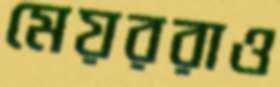
মেয়ররাও